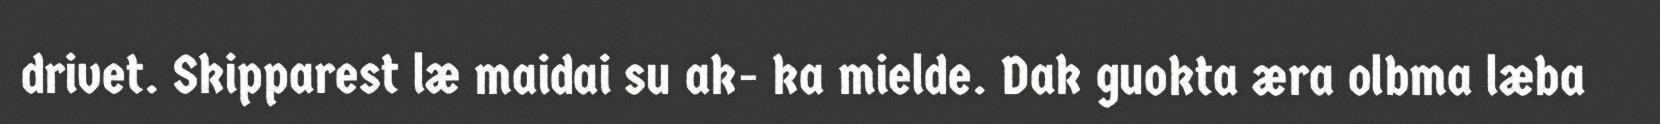
drivet. Skipparest læ maidai su ak- ka mielde. Dak guokta æra olbma læba